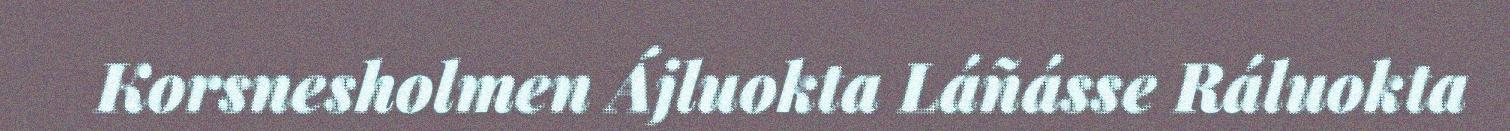
Korsnesholmen Ájluokta Láñásse Ráluokta